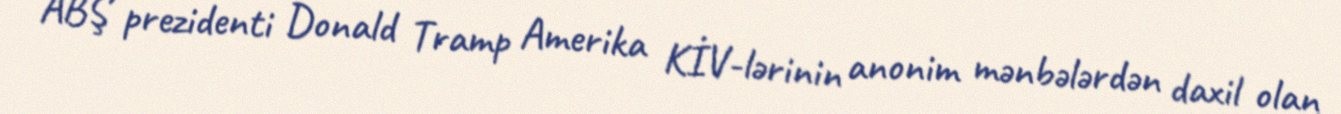
ABŞ prezidenti Donald Tramp Amerika KİV-lərinin anonim mənbələrdən daxil olan